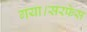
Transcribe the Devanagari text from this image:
गया।सरफेस